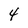
Character: 4